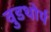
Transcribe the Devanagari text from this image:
वुडथोर्प